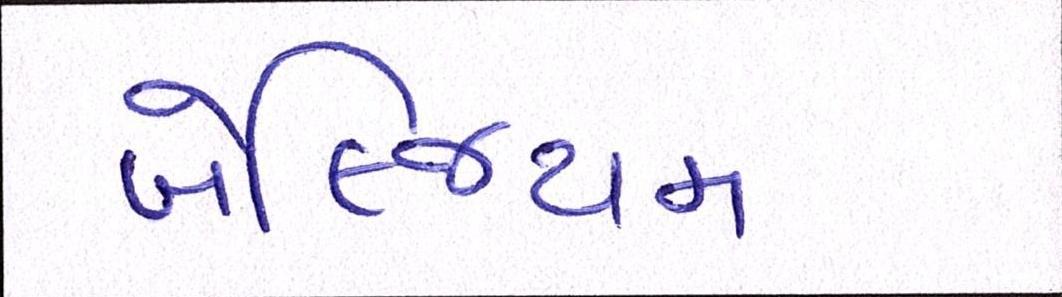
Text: બેલ્જિયમ